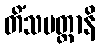
တိံသမတ္တာနိ